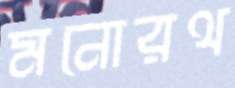
মনোরথ